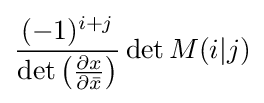
{\frac {(-1)^{i+j}}{\det \left({\frac {\partial x}{\partial {\bar {x}}}}\right)}}\det M(i|j)